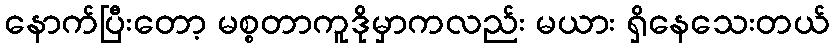
နောက်ပြီးတော့ မစ္စတာကူဒိုမှာကလည်း မယား ရှိနေသေးတယ်